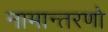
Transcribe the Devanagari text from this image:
नामान्तरणो